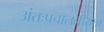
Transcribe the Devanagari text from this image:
अंतःप्रचालनीयता